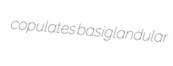
copulates basiglandular